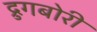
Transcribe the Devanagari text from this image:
द्रुगबोरी